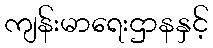
ကျန်းမာရေးဌာနနှင့်